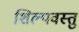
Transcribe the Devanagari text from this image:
शिल्पवस्तु